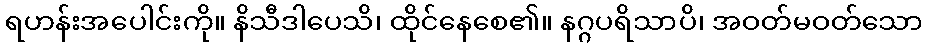
ရဟန်းအပေါင်းကို။ နိသီဒါပေသိ၊ ထိုင်နေစေ၏။ နဂ္ဂပရိသာပိ၊ အဝတ်မဝတ်သော